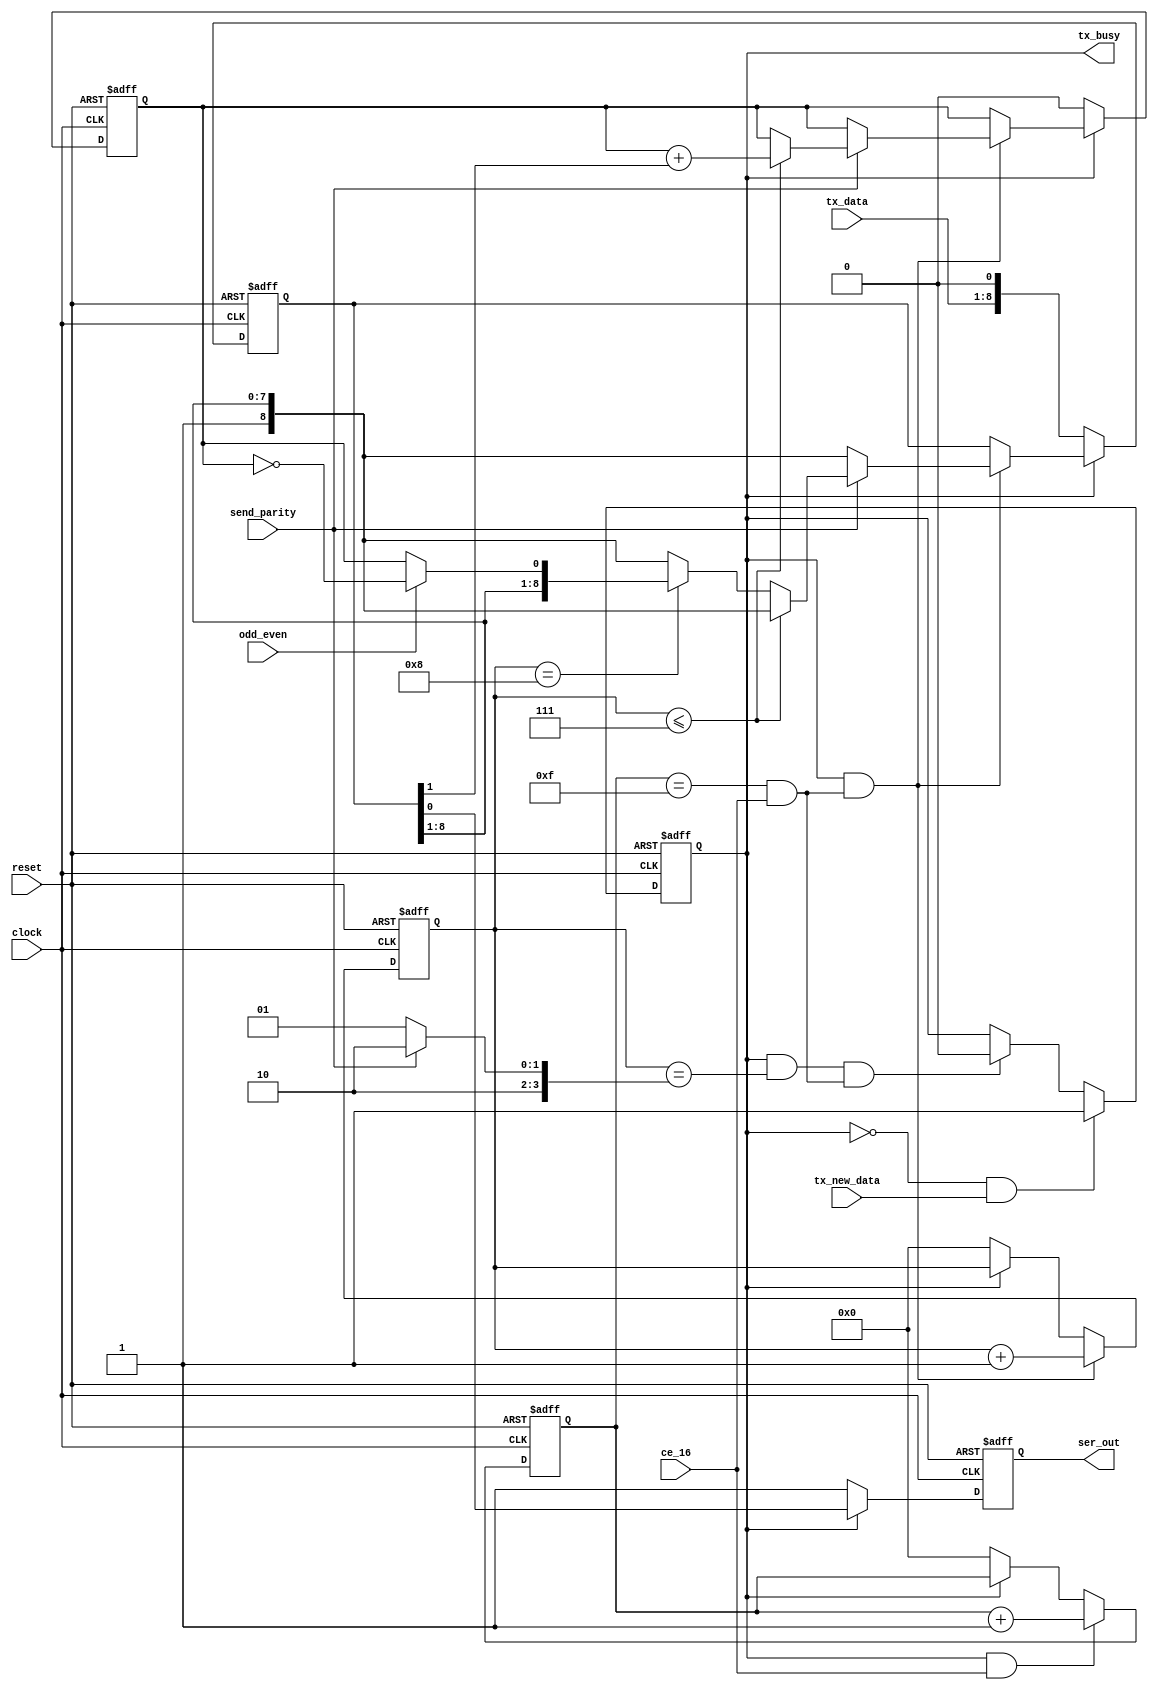
//---------------------------------------------------------------------------------------
// uart transmit module
//
//---------------------------------------------------------------------------------------
// verilog_format: off
`resetall
`timescale 1ns / 1ps
`default_nettype none
// verilog_format: on
module uart_tx (
    input  wire       clock,        // global clock input
    input  wire       reset,        // global reset input
    input  wire       ce_16,        // baud rate multiplyed by 16 - generated by baud module
    input  wire [7:0] tx_data,      // data byte to transmit
    input  wire       tx_new_data,  // asserted to indicate that there is a new data byte for transmission
    input  wire       send_parity,  // asserted to indicate that there is a parity bit
    input  wire       odd_even,     // asserted to indicate that the parity bit is odd or even
    output reg        ser_out,      // serial data output
    output reg        tx_busy       // signs that transmitter is busy
);
    //---------------------------------------------------------------------------------------
    // modules inputs and outputs


    // internal wires
    wire ce_1;  // clock enable at bit rate

    wire [3:0] data_length;

    // internal registers
    reg [3:0] count16;
    reg [3:0] bit_count;
    reg [8:0] data_buf;
    reg parity_bit;
    //---------------------------------------------------------------------------------------
    // module implementation
    // a counter to count 16 pulses of ce_16 to generate the ce_1 pulse
    always @(posedge clock or posedge reset) begin

        if (reset) count16 <= 4'b0;
        else if (tx_busy & ce_16) count16 <= count16 + 4'b1;
        else if (~tx_busy) count16 <= 4'b0;

    end

    // ce_1 pulse indicating output data bit should be updated
    assign ce_1        = (count16 == 4'b1111) & ce_16;

    assign data_length = (send_parity) ? 4'd10 : 4'd9;

    // tx_busy flag
    always @(posedge clock or posedge reset) begin
        if (reset) tx_busy <= 1'b0;
        else if (~tx_busy & tx_new_data) tx_busy <= 1'b1;
        else if (tx_busy & (bit_count == data_length) & ce_1) tx_busy <= 1'b0;
    end

    // output bit counter
    always @(posedge clock or posedge reset) begin
        if (reset) bit_count <= 4'h0;
        else if (tx_busy & ce_1) bit_count <= bit_count + 4'h1;
        else if (~tx_busy) bit_count <= 4'h0;
    end

    // data shift register
    always @(posedge clock or posedge reset) begin
        if (reset) begin
            data_buf   <= 9'b0;
            parity_bit <= 0;
        end else if (~tx_busy) begin
            data_buf   <= {tx_data, 1'b0};
            parity_bit <= 0;
        end else if (tx_busy & ce_1) begin
            if (send_parity) begin
                if (bit_count <= 4'd7) begin
                    data_buf   <= {1'b1, data_buf[8:1]};
                    parity_bit <= parity_bit + data_buf[1];
                end else if (bit_count == 4'd8) begin
                    if (odd_even) data_buf <= {data_buf[8:1], ~parity_bit};
                    else data_buf <= {data_buf[8:1], parity_bit};
                end else begin
                    data_buf <= {1'b1, data_buf[8:1]};
                end
            end else begin
                data_buf <= {1'b1, data_buf[8:1]};
            end
        end
    end

    // output data bit
    always @(posedge clock or posedge reset) begin
        if (reset) ser_out <= 1'b1;
        else if (tx_busy) ser_out <= data_buf[0];
        else ser_out <= 1'b1;
    end

endmodule
//---------------------------------------------------------------------------------------
//						Th.. Th.. Th.. Thats all folks !!!
//---------------------------------------------------------------------------------------